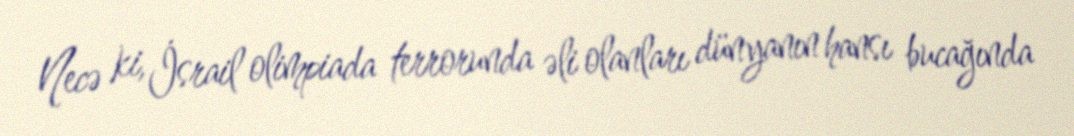
Necə ki, İsrail olimpiada terrorunda əli olanları dünyanın hansı bucağında